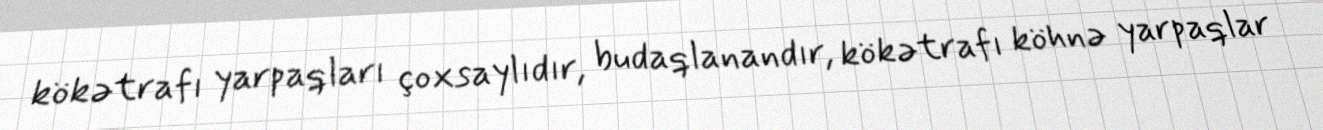
kökətrafı yarpaqları çoxsaylıdır, budaqlanandır, kökətrafı köhnə yarpaqlar